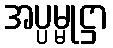
အပ္ပမ္မုဋ္ဌာ